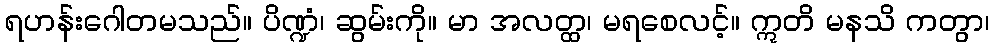
ရဟန်းဂေါတမသည်။ ပိဏ္ဍံ၊ ဆွမ်းကို။ မာ အလတ္ထ၊ မရစေလင့်။ ဣတိ မနသိ ကတွာ၊